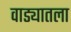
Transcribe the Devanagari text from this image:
वाड्यातला